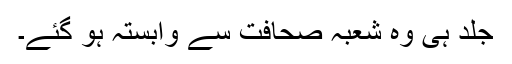
جلد ہی وہ شعبہ صحافت سے وابستہ ہو گئے۔